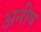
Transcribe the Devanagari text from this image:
अनीष